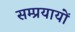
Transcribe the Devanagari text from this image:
सम्प्रयायों